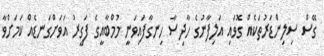
ގޭސް ސިލިންޑަރުތަކެއް ގޮވައި އަލިފާނުގެ ހާދިސާ ހިނގާފައިވަނީ މުމްބާއީގެ ފަގީރު އަވަށްގަނޑެއް ކަމަށްވާ